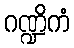
ဂဏ္ဍိကံ